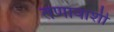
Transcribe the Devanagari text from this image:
तणावाशी